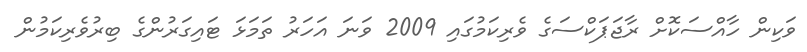
ވަކިން ހާއްސަކޮށް ރާޖަޕަކްސަގެ ވެރިކަމުގައި 2009 ވަނަ އަހަރު ތަމަޅަ ޓައިގަރުންގެ ބިރުވެރިކަމުން